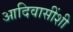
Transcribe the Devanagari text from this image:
आदिवासींशी